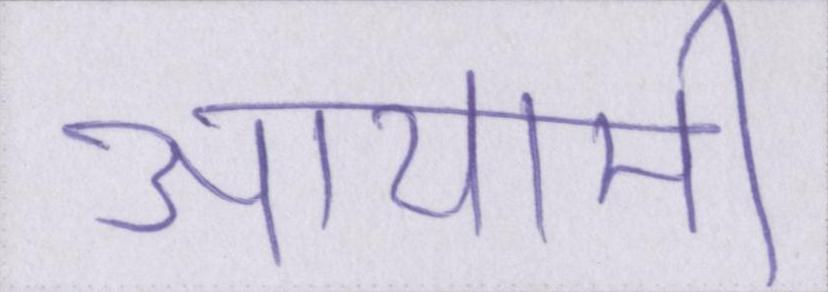
आयामी